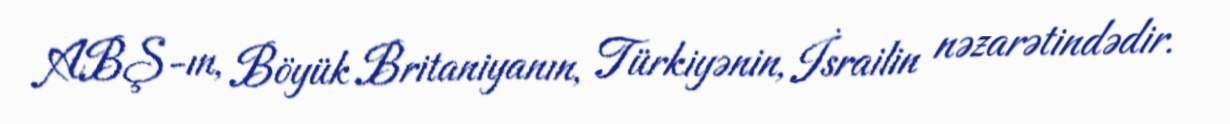
ABŞ-ın, Böyük Britaniyanın, Türkiyənin, İsrailin nəzarətindədir.